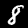
Digit: 8